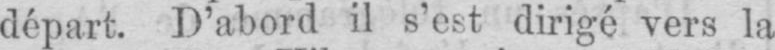
départ. D’abord il s’est dirigé vers la